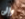
وإلى